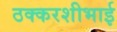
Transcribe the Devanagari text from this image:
ठक्करशीभाई